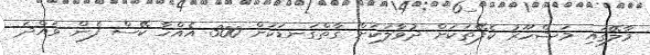
މާލޭގައި މަޝްހޫރު ކެފޭތަކަށް ދުވާލަކަށް ގާތްގަނޑަކަށް 300 އެއްހާ ކޭސް ފެން ވައްދަ